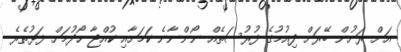
އަށް ރަށުން ބޭރަށް ދިއުމުގެ ފުރުސަތެއް ނޯންނާނެ ކަމަށާއި ކުއްޖާ ހޯދުމަށް ފަޅުތެރެ